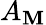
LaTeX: A_{\mathbf{M}}